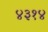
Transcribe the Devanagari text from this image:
४३१४